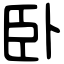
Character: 卧